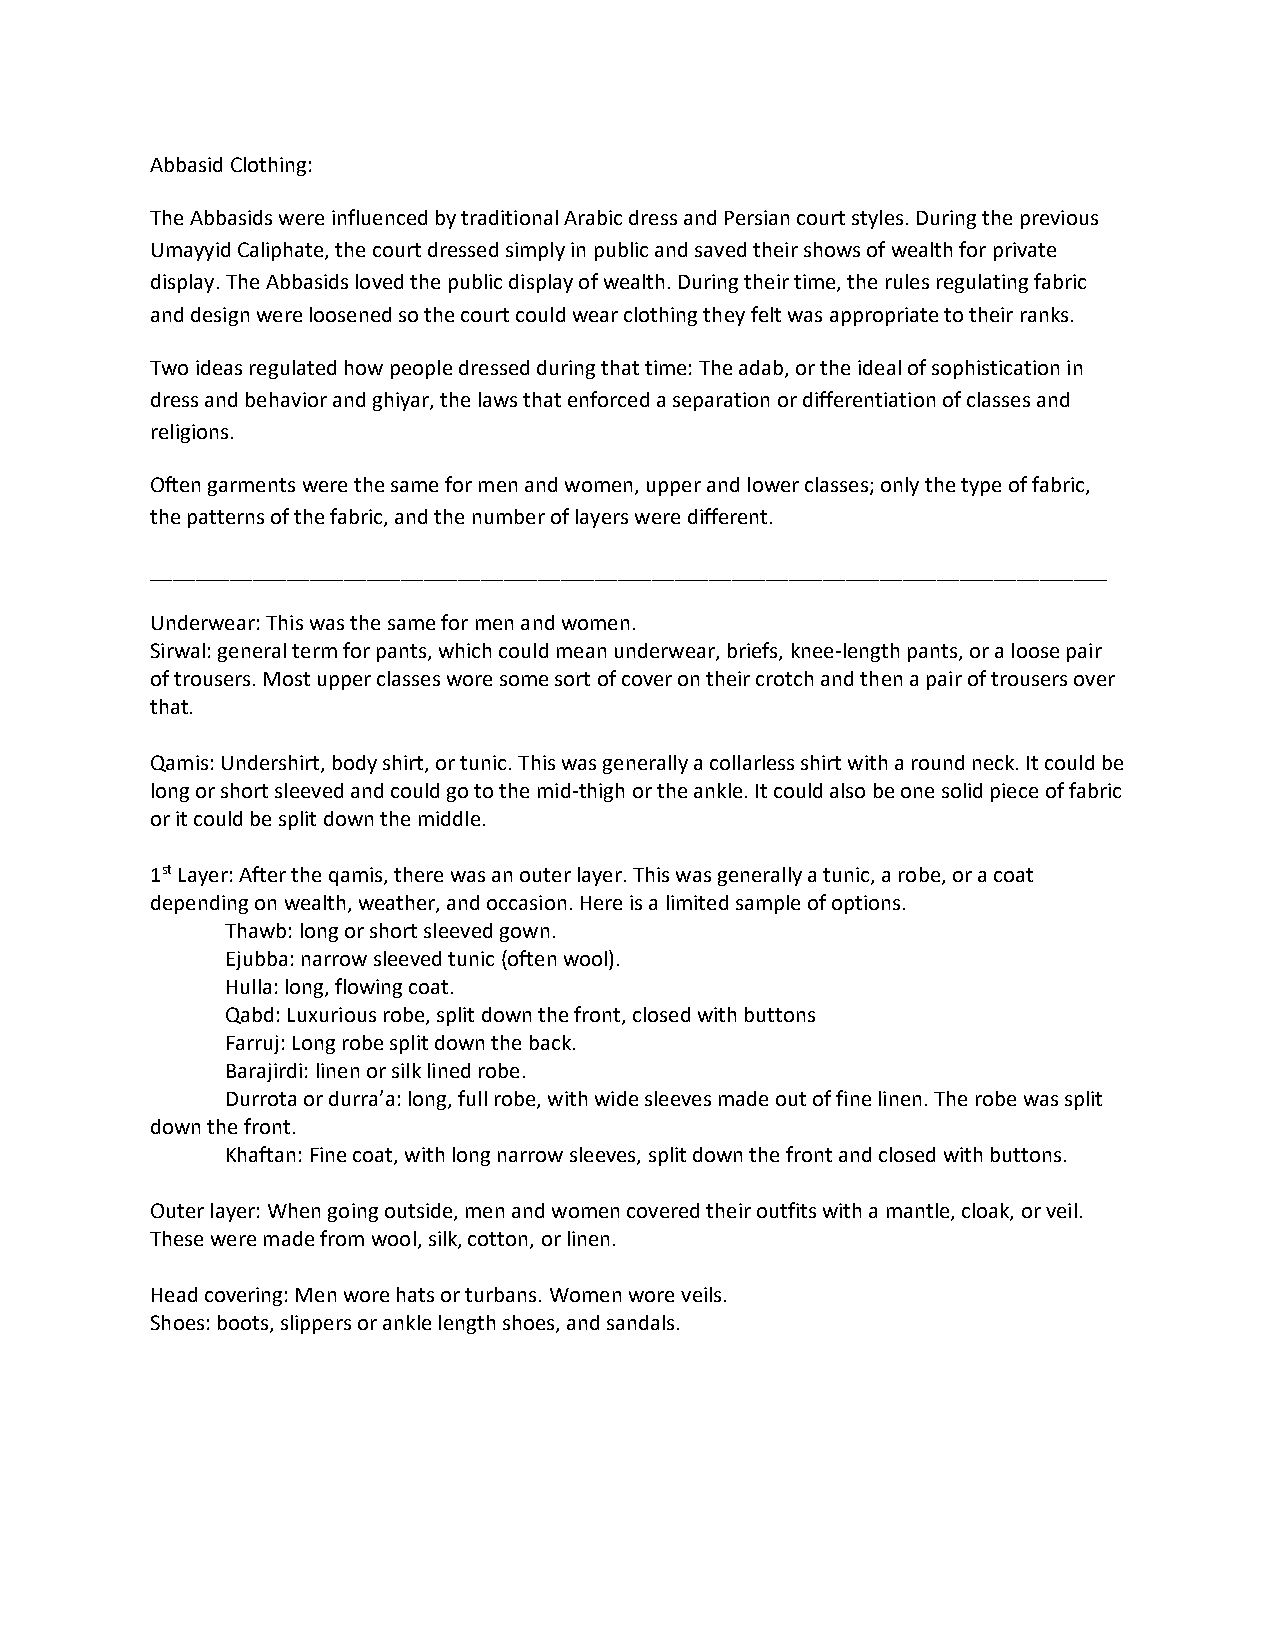
Abbasid Clothing:
 The Abbasids were influenced by traditional Arabic dress and Persian court styles. During the previous
 Umayyid Caliphate, the court dressed simply in public and saved their shows of wealth for private
 display. The Abbasids loved the public display of wealth. During their time, the rules regulating fabric
 and design were loosened so the court could wear clothing they felt was appropriate to their ranks.
 Two ideas regulated how people dressed during that time: The adab, or the ideal of sophistication in
 dress and behavior and ghiyar, the laws that enforced a separation or differentiation of classes and
 religions.
 Often garments were the same for men and women, upper and lower classes; only the type of fabric,
 the patterns of the fabric, and the number of layers were different.
 ____________________________________________________________________________________
 Underwear: This was the same for men and women.
 Sirwal: general term for pants, which could mean underwear, briefs, knee-length pants, or a loose pair
 of trousers. Most upper classes wore some sort of cover on their crotch and then a pair of trousers over
 that.
 Qamis: Undershirt, body shirt, or tunic. This was generally a collarless shirt with a round neck. It could be
 long or short sleeved and could go to the mid-thigh or the ankle. It could also be one solid piece of fabric
 or it could be split down the middle.
 1st Layer: After the qamis, there was an outer layer. This was generally a tunic, a robe, or a coat
 depending on wealth, weather, and occasion. Here is a limited sample of options.
 Thawb: long or short sleeved gown.
 Ejubba: narrow sleeved tunic (often wool).
 Hulla: long, flowing coat.
 Qabd: Luxurious robe, split down the front, closed with buttons
 Farruj: Long robe split down the back.
 Barajirdi: linen or silk lined robe.
 Durrota or durra’a: long, full robe, with wide sleeves made out of fine linen. The robe was split
 down the front.
 Khaftan: Fine coat, with long narrow sleeves, split down the front and closed with buttons.
 Outer layer: When going outside, men and women covered their outfits with a mantle, cloak, or veil.
 These were made from wool, silk, cotton, or linen.
 Head covering: Men wore hats or turbans. Women wore veils.
 Shoes: boots, slippers or ankle length shoes, and sandals.